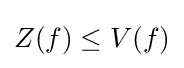
Z(f)\leq V(f)